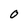
Character: 0